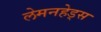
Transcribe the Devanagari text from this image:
लेमनहेड्स